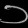
Digit: ၁